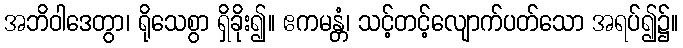
အဘိဝါဒေတွာ၊ ရိုသေစွာ ရှိခိုး၍။ ဧကမန္တံ၊ သင့်တင့်လျောက်ပတ်သော အရပ်၍၌။